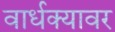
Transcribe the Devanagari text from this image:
वार्धक्यावर